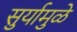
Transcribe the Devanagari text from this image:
सुर्यामुळे